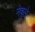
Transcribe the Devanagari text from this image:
नेबुले